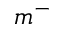
m ^ { - }